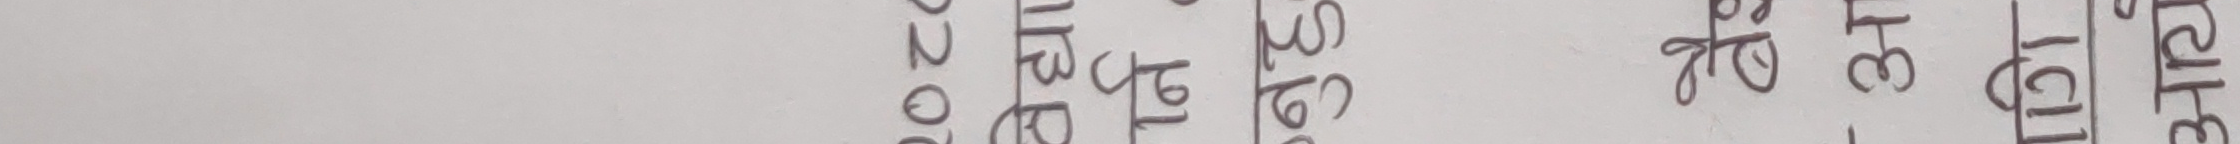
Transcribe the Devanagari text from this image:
विरोध